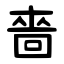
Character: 嗇